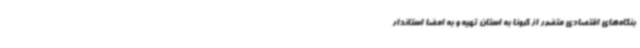
بنگاه‌های اقتصادی متضرر از کرونا به استان تهیه و به امضا استاندار